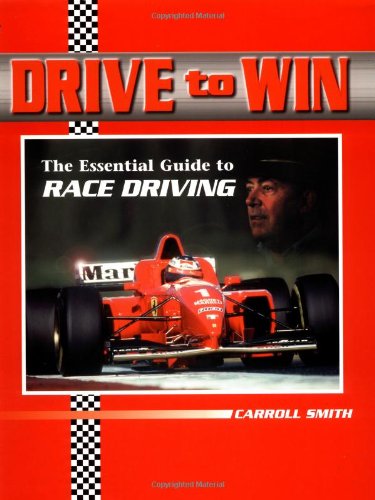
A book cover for Drive to Win: The Essential Guide to Race Driving; Carroll Smith; Test Preparation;